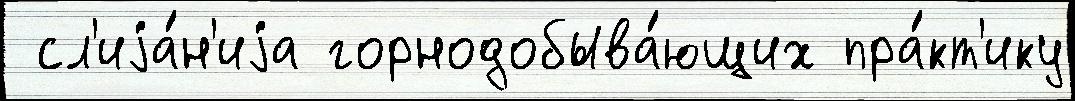
 сл'иjа́н'иjа горнодобыва́ющих пра́кт'ику